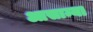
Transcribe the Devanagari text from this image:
आसाम्या